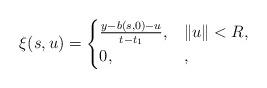
LaTeX: \begin{align*}\xi(s,u) = \begin{cases} \frac{y - b(s,0) - u}{t-t_1}, &\| u \| < R, \\0, &,\end{cases}\end{align*}